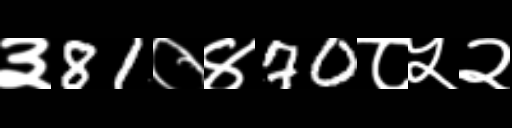
Text: ३81०४70८५२